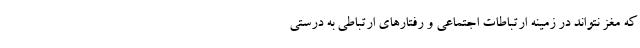
که مغز نتواند در زمینه ارتباطات اجتماعی و رفتارهای ارتباطی به درستی